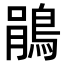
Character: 鵑